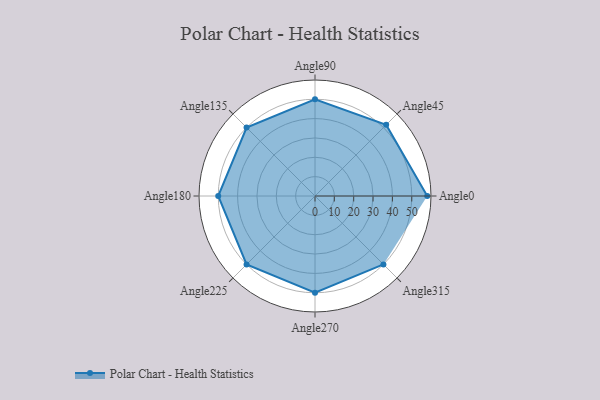
{"axis": {"x": "Angle", "y": "Radius"}, "legend": [""], "data": [{"x": "Angle0", "y": 58.0, "type": ""}, {"x": "Angle45", "y": 52.0, "type": ""}, {"x": "Angle90", "y": 50, "type": ""}, {"x": "Angle135", "y": 50, "type": ""}, {"x": "Angle180", "y": 50, "type": ""}, {"x": "Angle225", "y": 50, "type": ""}, {"x": "Angle270", "y": 50, "type": ""}, {"x": "Angle315", "y": 50, "type": ""}]}